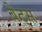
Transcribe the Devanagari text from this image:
बेट्‌स